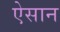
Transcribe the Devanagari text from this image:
ऐसान